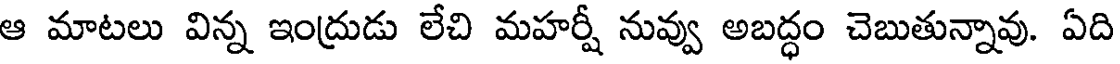
ఆ మాటలు విన్న ఇంద్రుడు లేచి మహర్షీ నువ్వు అబద్ధం చెబుతున్నావు. ఏది